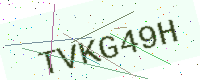
Text: TVKG49H